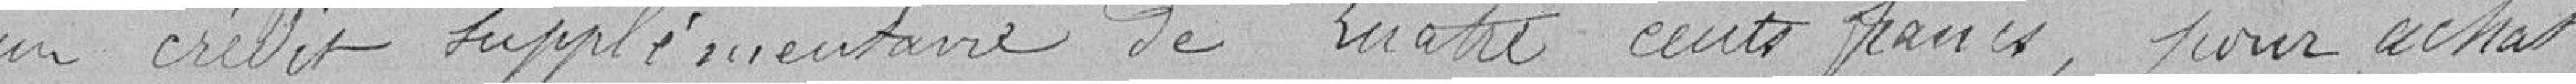
un crédit supplémentaire de quatre cents francs, pour achat